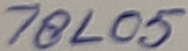
Text: 78L05